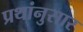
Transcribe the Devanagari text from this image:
प्रथांनुसार